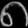
Digit: ၈